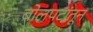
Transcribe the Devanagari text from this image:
बोलपटांतून